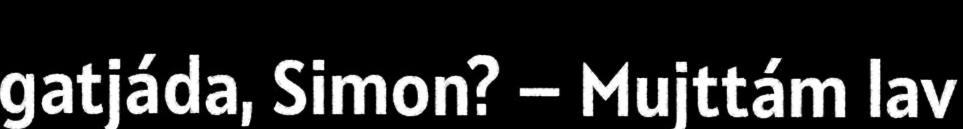
gatjáda, Simon? – Mujttám lav